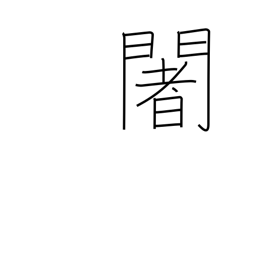
Meaning: used phonetically